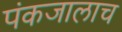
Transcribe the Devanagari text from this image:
पंकजालाच